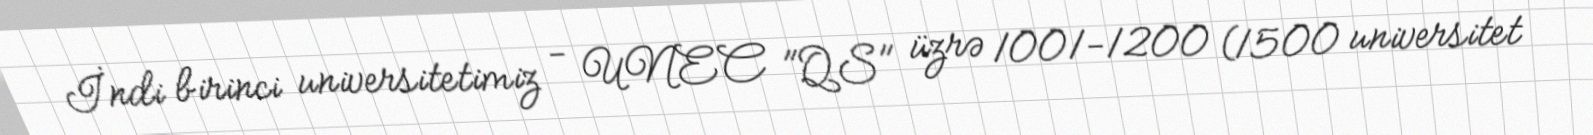
İndi birinci universitetimiz - UNEC "QS" üzrə 1001-1200 (1500 universitet